Lunatic asylums Punjab 1881-1894 - 1881-1894
Year: 1881
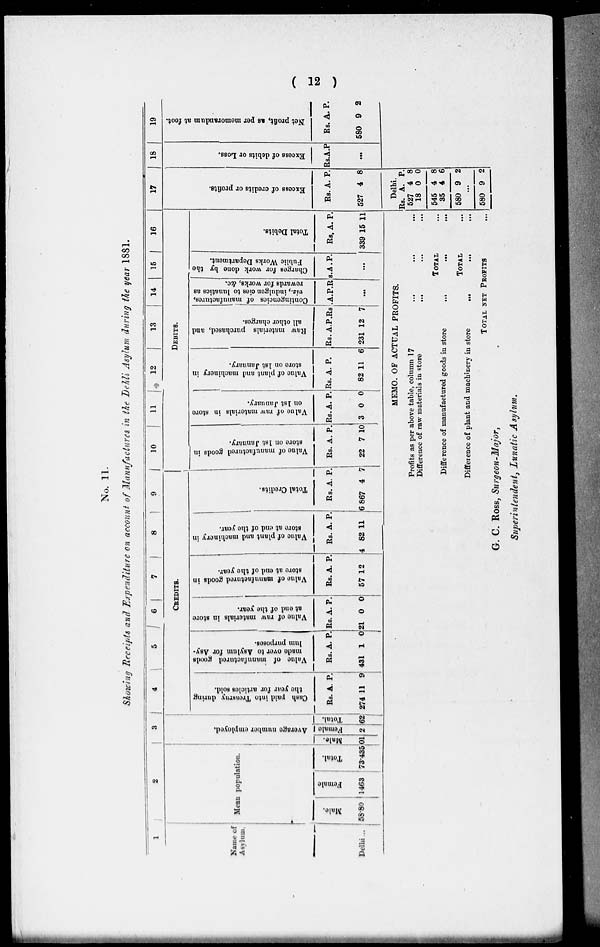
( 12 )
No. 11.
Showing Receipts and Expenditure on account of Manufactures in the Dehli Asylum during the year 1881.
1
Name of
Asylum.
Delhi ...
2
Mean population.
Male.
58.80
Female
1463
Total.
73.435
3
Average
number employed.
Male.
01
Female.
2
Total.
62
4
5 6
7
8
9
CREDITS.
Cash paid into Treasury during
the year for articles sold.
Rs.
274
A.
11
P.
9
Value of manufactured goods
made
over to Asylum for Asy-
lum purposes.
Rs.
431
A.
1
P.
0
Value of raw materials in store
at end of the year.
Rs.
21
A.
0
P.
0
Value of manufactured goods in
store at end of the year.
Rs.
57
A.
12
P.
Value of plant and machinery in
store at end of the year.
Rs.
4
A.
82
P.
11
Total Credits.
Rs.
6 867
A.
4
P.
7
10
11
12
13
14
15
16
DEBITS.
Value of manufactured goods in
store on 1st January.
Rs.
22
A.
7
P.
10
Value of raw materials in store
on 1st January.
Rs.
3
A.
0
P.
0
Value of plant and machinery in
store on 1st January.
Rs.
82
A.
11
P.
6
Raw materials purchased, and
all other charges.
Rs.
231
A.
12
P.
7
Contingencies of manufactures,
viz., indulgen cies to lunatics as
rewards for works, &c.
Rs.
A. P.
...
Charges
for work done by the
Public Works Department.
Rs. A. P.
...
Total Debits.
Rs.
339
A.
15
P.
11
17
Excess of credits or profits.
Rs.
527
A.
4
P.
8
18
Excess of debits or Loss.
Rs. A. P.
...
19
Net profit, as per memorandum at foot.
Rs.
580
A.
9
P.
2
MEMO. OF ACTUAL PROFITS.
Profits as per above table, column 17...
... ...
Difference of raw materials in
store...
...
...
TOTAL
Difference of manufactured goods in store
...
...
...
TOTAL
Difference of plant and machinery in store
...
...
...
TOTAL NET PROFITS
...
Delhi.
Rs.
527
18
545
35
580
A.
4
0
4
4
9
P.
8
0
8
6
2
...
580 9 2
G. C. Ross, Surgeon-Major,
Superintendent, Lunatic Asylum.